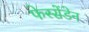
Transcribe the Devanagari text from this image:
फेस्सेंडेन